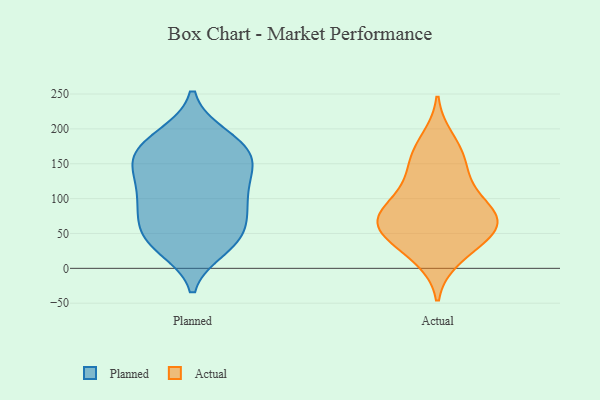
{"axis": {"x": "Page Views", "y": "Value"}, "legend": ["Actual", "Planned"], "data": [{"x": "", "y": 44, "type": "Planned"}, {"x": "", "y": 80, "type": "Planned"}, {"x": "", "y": 187, "type": "Planned"}, {"x": "", "y": 35, "type": "Planned"}, {"x": "", "y": 133, "type": "Planned"}, {"x": "", "y": 42, "type": "Planned"}, {"x": "", "y": 78, "type": "Planned"}, {"x": "", "y": 190, "type": "Planned"}, {"x": "", "y": 97, "type": "Planned"}, {"x": "", "y": 113, "type": "Planned"}, {"x": "", "y": 182, "type": "Planned"}, {"x": "", "y": 156, "type": "Planned"}, {"x": "", "y": 157, "type": "Planned"}, {"x": "", "y": 140, "type": "Planned"}, {"x": "", "y": 29, "type": "Planned"}, {"x": "", "y": 82, "type": "Planned"}, {"x": "", "y": 109, "type": "Planned"}, {"x": "", "y": 159, "type": "Planned"}, {"x": "", "y": 162, "type": "Planned"}, {"x": "", "y": 46, "type": "Planned"}, {"x": "", "y": 73, "type": "Actual"}, {"x": "", "y": 129, "type": "Actual"}, {"x": "", "y": 159, "type": "Actual"}, {"x": "", "y": 52, "type": "Actual"}, {"x": "", "y": 85, "type": "Actual"}, {"x": "", "y": 54, "type": "Actual"}, {"x": "", "y": 123, "type": "Actual"}, {"x": "", "y": 52, "type": "Actual"}, {"x": "", "y": 79, "type": "Actual"}, {"x": "", "y": 23, "type": "Actual"}, {"x": "", "y": 15, "type": "Actual"}, {"x": "", "y": 58, "type": "Actual"}, {"x": "", "y": 162, "type": "Actual"}, {"x": "", "y": 93, "type": "Actual"}, {"x": "", "y": 185, "type": "Actual"}, {"x": "", "y": 70, "type": "Actual"}]}